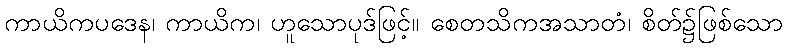
ကာယိကပဒေန၊ ကာယိက၊ ဟူသောပုဒ်ဖြင့်။ စေတသိကအသာတံ၊ စိတ်၌ဖြစ်သော